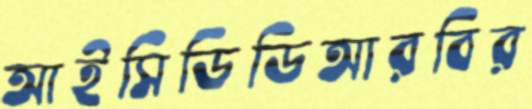
আইসিডিডিআরবির